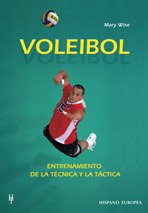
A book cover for Voleibol / Volleyball (Spanish Edition); Mary Wise; Sports & Outdoors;